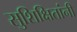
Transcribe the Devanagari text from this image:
सुशिक्षितांनी